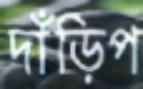
দাঁড়িপ